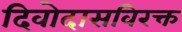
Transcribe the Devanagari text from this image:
दिवोदासविरक्त